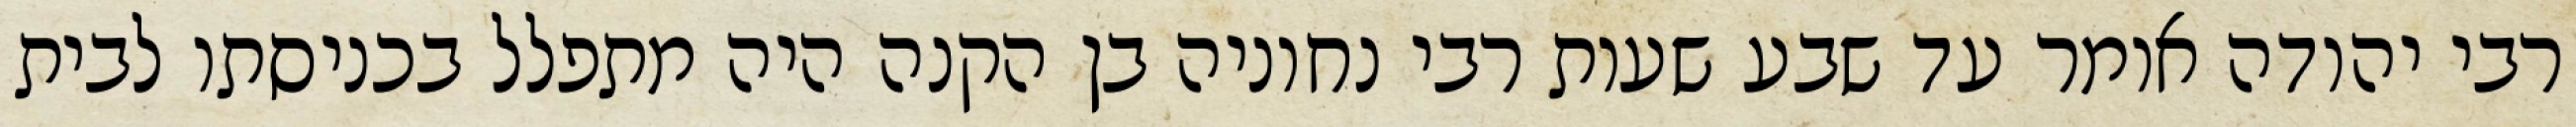
רבי יהודה אומר עד שבע שעות רבי נחוניה בן הקנה היה מתפלל בכניסתו לבית